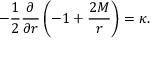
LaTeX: - { \frac { 1 } { 2 } } { \frac { \partial } { \partial r } } \left( - 1 + { \frac { 2 M } { r } } \right) = \kappa .